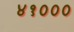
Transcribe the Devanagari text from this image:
४१०००